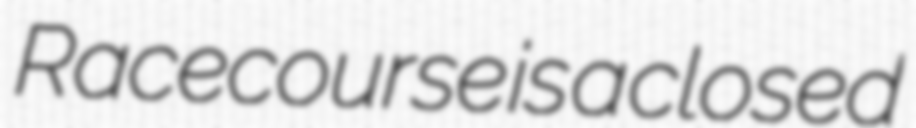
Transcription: Racecourse is a closed